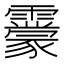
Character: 𩆬